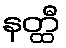
နတ္ထီ